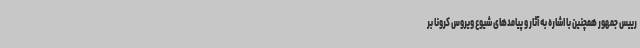
رییس جمهور همچنین با اشاره به آثار و پیامدهای شیوع ویروس کرونا بر